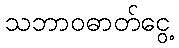
သဘာဝဓာတ်ငွေ့